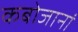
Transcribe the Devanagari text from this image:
कबोजानां